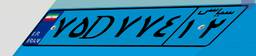
۷۵D۷۷۴۱۲